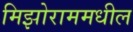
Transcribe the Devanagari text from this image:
मिझोराममधील